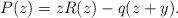
LaTeX: \begin{align*}P(z)=zR(z)-q(z+y).\end{align*}